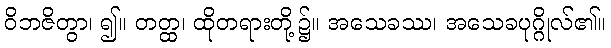
ဝိဘဇိတွာ၊ ၍။ တတ္ထ၊ ထိုတရားတို့၌။ အသေခဿ၊ အသေခပုဂ္ဂိုလ်၏။